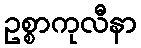
ဥစ္စာကုလီနာ